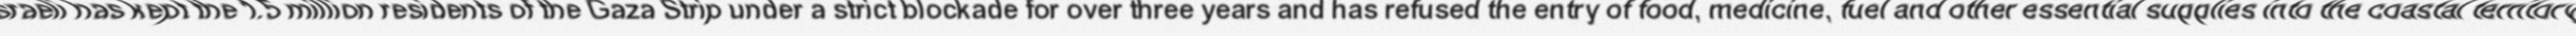
"Israeli has kept the 1.5 million residents of the Gaza Strip under a strict blockade for over three years and has refused the entry of food, medicine, fuel and other essential supplies into the coastal territory."